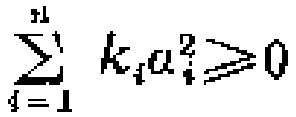
\(\sum_{i = 1}^{n} k_{i} \alpha_{i}^{2} \geqslant 0\)